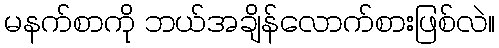
မနက်စာကို ဘယ်အချိန်လောက်စားဖြစ်လဲ။